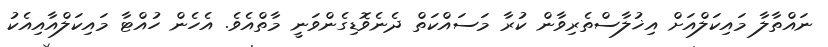
ނައްތާލާ މައިކަލްއަށް އިޚުލާސްތެރިވާން ކުރާ މަސައްކަތް ދެނެވޮޑިގެންވަނީ މާތްއެވެ. އެހެން ހުއްޓާ މައިކަލްއާއިއެކު